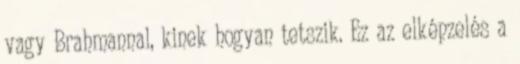
vagy Brahmannal, kinek hogyan tetszik. Ez az elképzelés a